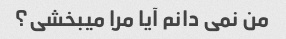
من نمی دانم آیا مرا میبخشی؟